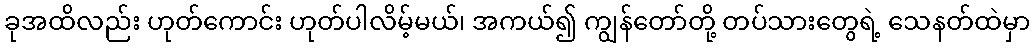
ခုအထိလည်း ဟုတ်ကောင်း ဟုတ်ပါလိမ့်မယ်၊ အကယ်၍ ကျွန်တော်တို့ တပ်သားတွေရဲ့ သေနတ်ထဲမှာ